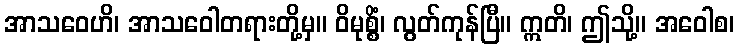
အာသဝေဟိ၊ အာသဝေါတရားတို့မှ။ ဝိမုစ္စိံ၊ လွတ်ကုန်ပြီ။ ဣတိ၊ ဤသို့။ အဝေါစ၊